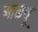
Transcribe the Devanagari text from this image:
आळवू